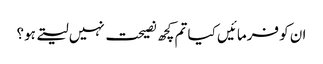
ان کو فرمائیں کیا تم کچھ نصیحت نہیں لیتے ہو؟